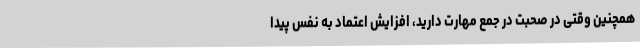
همچنین وقتی در صحبت در جمع مهارت دارید، افزایش اعتماد به نفس پیدا